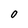
Character: O